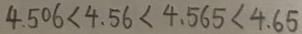
4 . 5 0 6 < 4 . 5 6 < 4 . 5 6 5 < 4 . 6 5